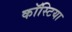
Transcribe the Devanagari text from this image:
कॉस्टिया